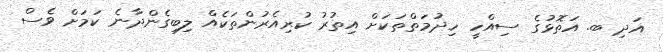
އަދި ބ. އަތޮޅުގެ ސިއްހީ ހިދުމަތްތަކަށް އިތުރު ކުރިއެރުންތަކެއް ލިބިގެންދާނެ ކަމަށް ވެސް